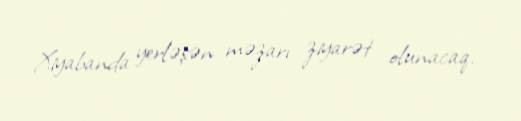
Xiyabanda yerləşən məzarı ziyarət olunacaq.